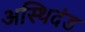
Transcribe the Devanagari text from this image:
अस्थिदंड